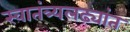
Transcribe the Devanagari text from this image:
स्वातंत्र्यलढ्यांत